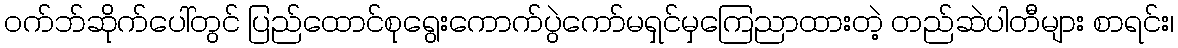
ဝက်ဘ်ဆိုက်ပေါ်တွင် ပြည်ထောင်စုရွေးကောက်ပွဲကော်မရှင်မှကြေညာထားတဲ့ တည်ဆဲပါတီများ စာရင်း၊